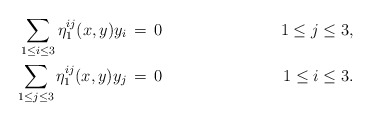
\begin{align*}\sum_{1\leq i \leq 3} \eta_1^{ij}(x,y)y_i \,&=\, 0\quad&1\leq j\leq 3, \\\sum_{1\leq j \leq 3} \eta_1^{ij}(x,y)y_j \,&=\, 0\quad&1\leq i\leq 3. \end{align*}